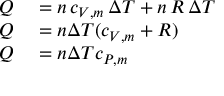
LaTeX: \begin{array} { r l } { Q } & { { } = n \, c _ { V , m } \, \Delta T + n \, R \, \Delta T } \\ { Q } & { { } = n \Delta T ( c _ { V , m } + R ) } \\ { Q } & { { } = n \Delta T c _ { P , m } } \end{array}